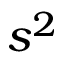
s ^ { 2 }